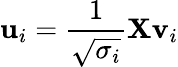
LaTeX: \mathbf{u}_{i}=\frac{1}{\sqrt{\sigma_{i}}}\mathbf{X}\mathbf{v}_{i}